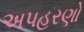
અપહરણો